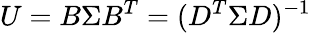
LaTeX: U=B\Sigma B^{T}=(D^{T}\Sigma D)^{-1}